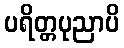
ပရိတ္တပုညာပိ